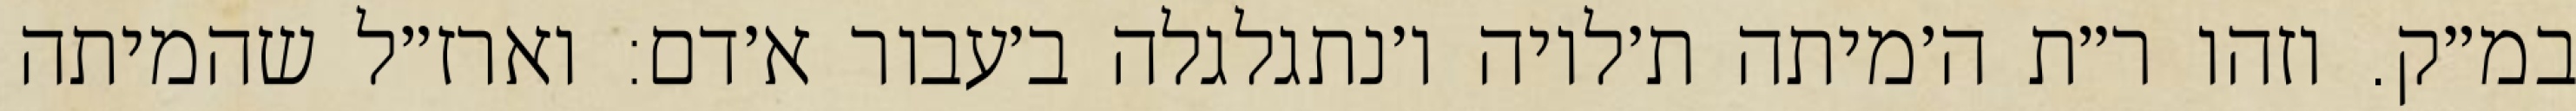
במ״ק. וזהו ר״ת ה׳מיתה ת׳לויה ו׳נתגלגלה ב׳עבור א׳דם: וארז״ל שהמיתה